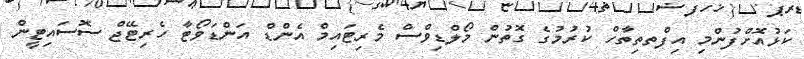
ކަޅުއޮށްފުންމި އިފްތތިތާހް ކުރުމުގެ ގޮތުން މޯލްޑިވްސް މެރިޓައިމް އެންޑް އަންޑަވޯޓާ ހެރިޓޭޖް ސޮސައިޓީން